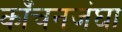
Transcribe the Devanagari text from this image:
काँचनजंघा